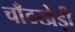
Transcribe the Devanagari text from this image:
चाँदखेड़ी